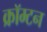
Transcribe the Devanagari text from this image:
क्रॉम्टन